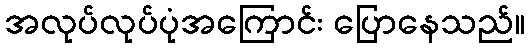
အလုပ်လုပ်ပုံအကြောင်း ပြောနေသည်။